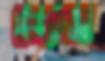
তেভেজ